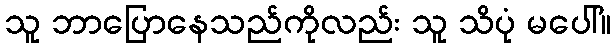
သူ ဘာပြောနေသည်ကိုလည်း သူ သိပုံ မပေါ်။